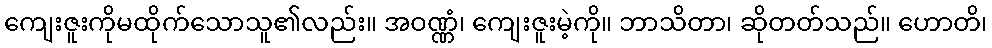
ကျေးဇူးကိုမထိုက်သောသူ၏လည်း။ အဝဏ္ဏံ၊ ကျေးဇူးမဲ့ကို။ ဘာသိတာ၊ ဆိုတတ်သည်။ ဟောတိ၊